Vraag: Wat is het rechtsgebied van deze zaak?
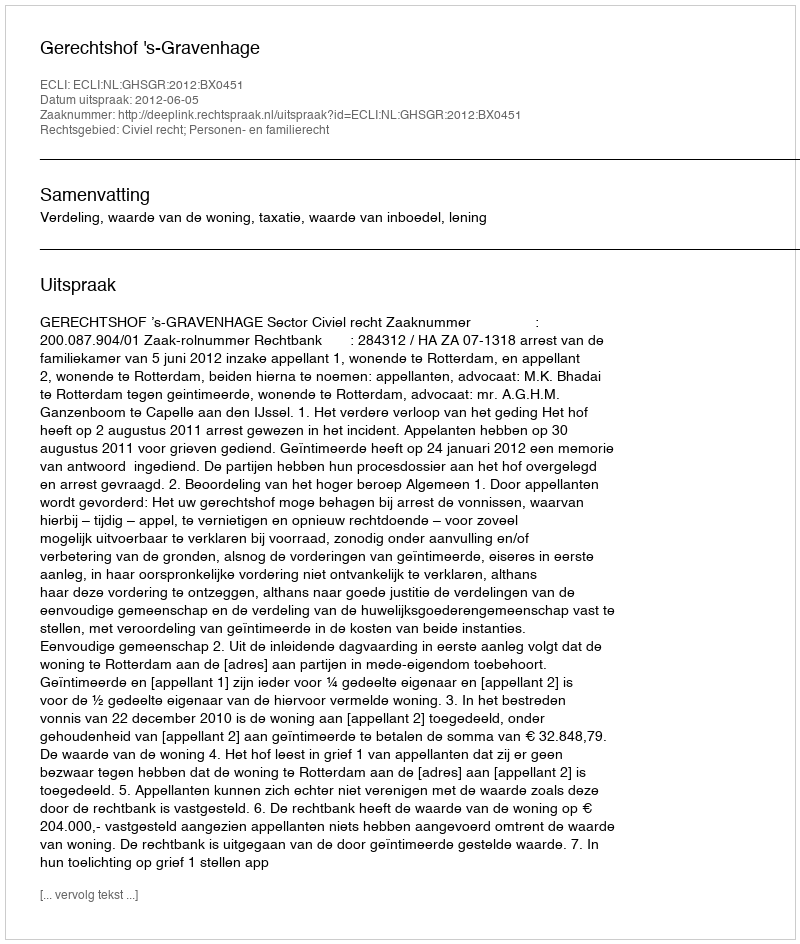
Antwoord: Civiel recht; Personen- en familierecht